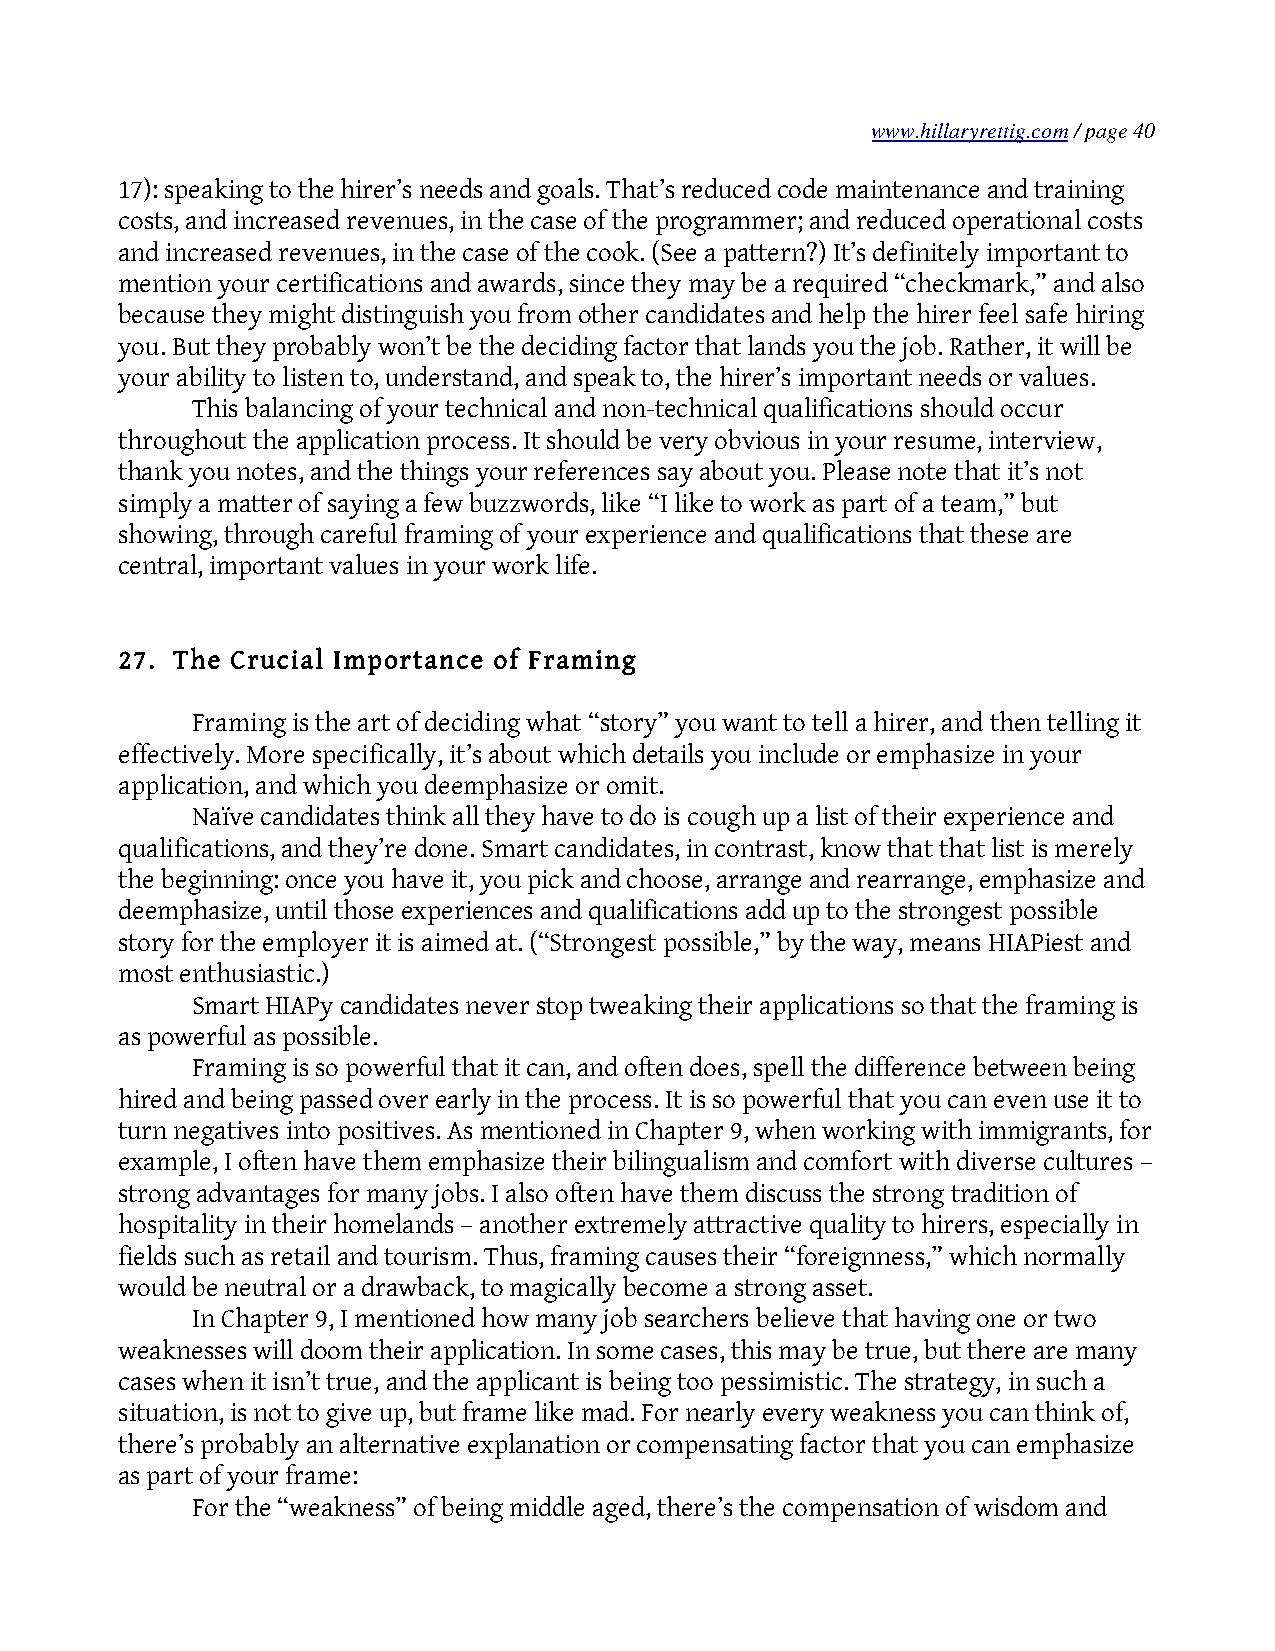
www.hillaryrettig.com / page 40
 17): speaking to the hirer’s needs and goals. That’s reduced code maintenance and training
 costs, and increased revenues, in the case of the programmer; and reduced operational costs
 and increased revenues, in the case of the cook. (See a pattern?) It’s definitely important to
 mention your certifications and awards, since they may be a required “checkmark,” and also
 because they might distinguish you from other candidates and help the hirer feel safe hiring
 you. But they probably won’t be the deciding factor that lands you the job. Rather, it will be
 your ability to listen to, understand, and speak to, the hirer’s important needs or values.
 This balancing of your technical and non-technical qualifications should occur
 throughout the application process. It should be very obvious in your resume, interview,
 thank you notes, and the things your references say about you. Please note that it’s not
 simply a matter of saying a few buzzwords, like “I like to work as part of a team,” but
 showing, through careful framing of your experience and qualifications that these are
 central, important values in your work life.
 27. The Crucial Importance of Framing
 Framing is the art of deciding what “story” you want to tell a hirer, and then telling it
 effectively. More specifically, it’s about which details you include or emphasize in your
 application, and which you deemphasize or omit.
 Naïve candidates think all they have to do is cough up a list of their experience and
 qualifications, and they’re done. Smart candidates, in contrast, know that that list is merely
 the beginning: once you have it, you pick and choose, arrange and rearrange, emphasize and
 deemphasize, until those experiences and qualifications add up to the strongest possible
 story for the employer it is aimed at. (“Strongest possible,” by the way, means HIAPiest and
 most enthusiastic.)
 Smart HIAPy candidates never stop tweaking their applications so that the framing is
 as powerful as possible.
 Framing is so powerful that it can, and often does, spell the difference between being
 hired and being passed over early in the process. It is so powerful that you can even use it to
 turn negatives into positives. As mentioned in Chapter 9, when working with immigrants, for
 example, I often have them emphasize their bilingualism and comfort with diverse cultures –
 strong advantages for many jobs. I also often have them discuss the strong tradition of
 hospitality in their homelands – another extremely attractive quality to hirers, especially in
 fields such as retail and tourism. Thus, framing causes their “foreignness,” which normally
 would be neutral or a drawback, to magically become a strong asset.
 In Chapter 9, I mentioned how many job searchers believe that having one or two
 weaknesses will doom their application. In some cases, this may be true, but there are many
 cases when it isn’t true, and the applicant is being too pessimistic. The strategy, in such a
 situation, is not to give up, but frame like mad. For nearly every weakness you can think of,
 there’s probably an alternative explanation or compensating factor that you can emphasize
 as part of your frame:
 For the “weakness” of being middle aged, there’s the compensation of wisdom and